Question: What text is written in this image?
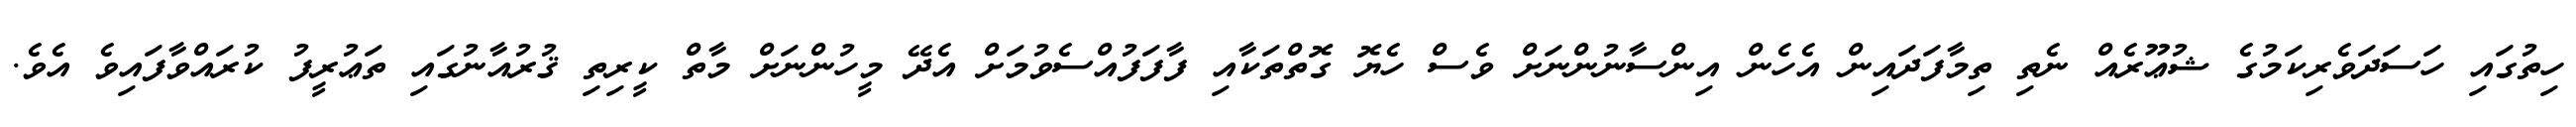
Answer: ހިތުގައި ހަސަދަވެރިކަމުގެ ޝުޢޫރެއް ނެތި ތިމާފަދައިން އެހެން އިންސާނުންނަށް ވެސް ހެޔޮ ގޮތްތަކާއި ފާފަފުއްސެވުމަށް އެދޭ މީހުންނަށް މާތް ކީރިތި ޤުރުއާނުގައި ތަޢުރީފު ކުރައްވާފައިވެ އެވެ.